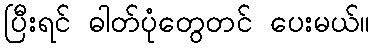
ပြီးရင် ဓါတ်ပုံတွေတင် ပေးမယ်။